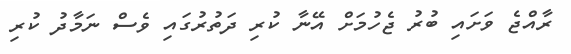
ރާއްޖެ ވަށައި ބުރު ޖެހުމަށް އޭނާ ކުރި ދަތުރުގައި ވެސް ނަމާދު ކުރި